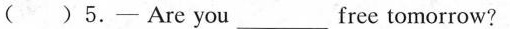
( ) 5. - Are you ___ free tomorrow?